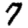
Digit: 7